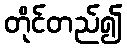
တိုင်တည်၍